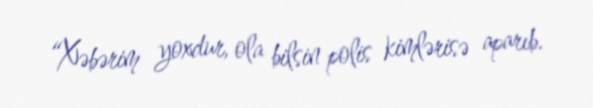
“Xəbərim yoxdur, ola bilsin polis kimlərisə aparıb.